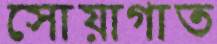
সোয়াগাত